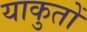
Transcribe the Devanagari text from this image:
याकुतों